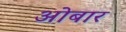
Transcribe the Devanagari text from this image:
ओबार